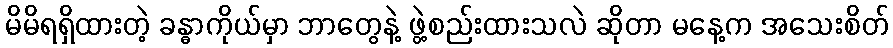
မိမိရရှိထားတဲ့ ခန္ဓာကိုယ်မှာ ဘာတွေနဲ့ ဖွဲ့စည်းထားသလဲ ဆိုတာ မနေ့က အသေးစိတ်